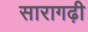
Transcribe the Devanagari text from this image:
सारागढ़ी